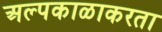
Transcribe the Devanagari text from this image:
अल्पकाळाकरता